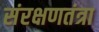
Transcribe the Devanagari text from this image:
संरक्षणतंत्रा